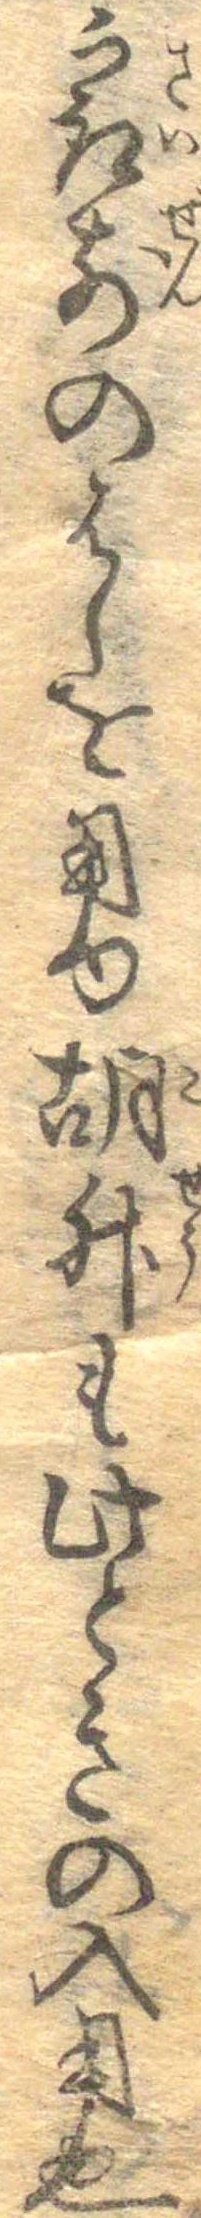
最前のはしを用ゆ胡椒も此ときの入用也